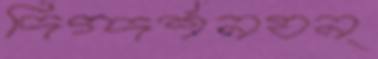
দিগ্‌দর্শনযন্